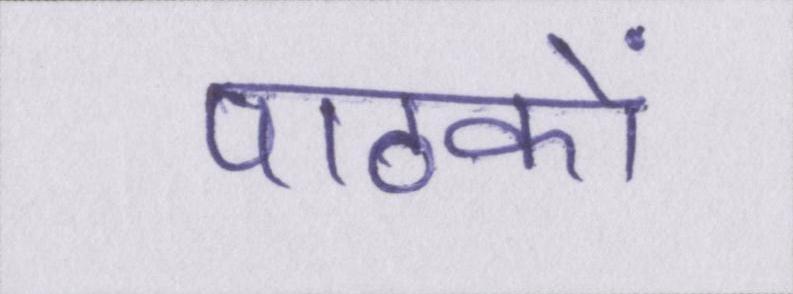
पाठकों